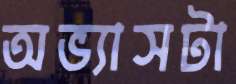
অভ্যাসটা